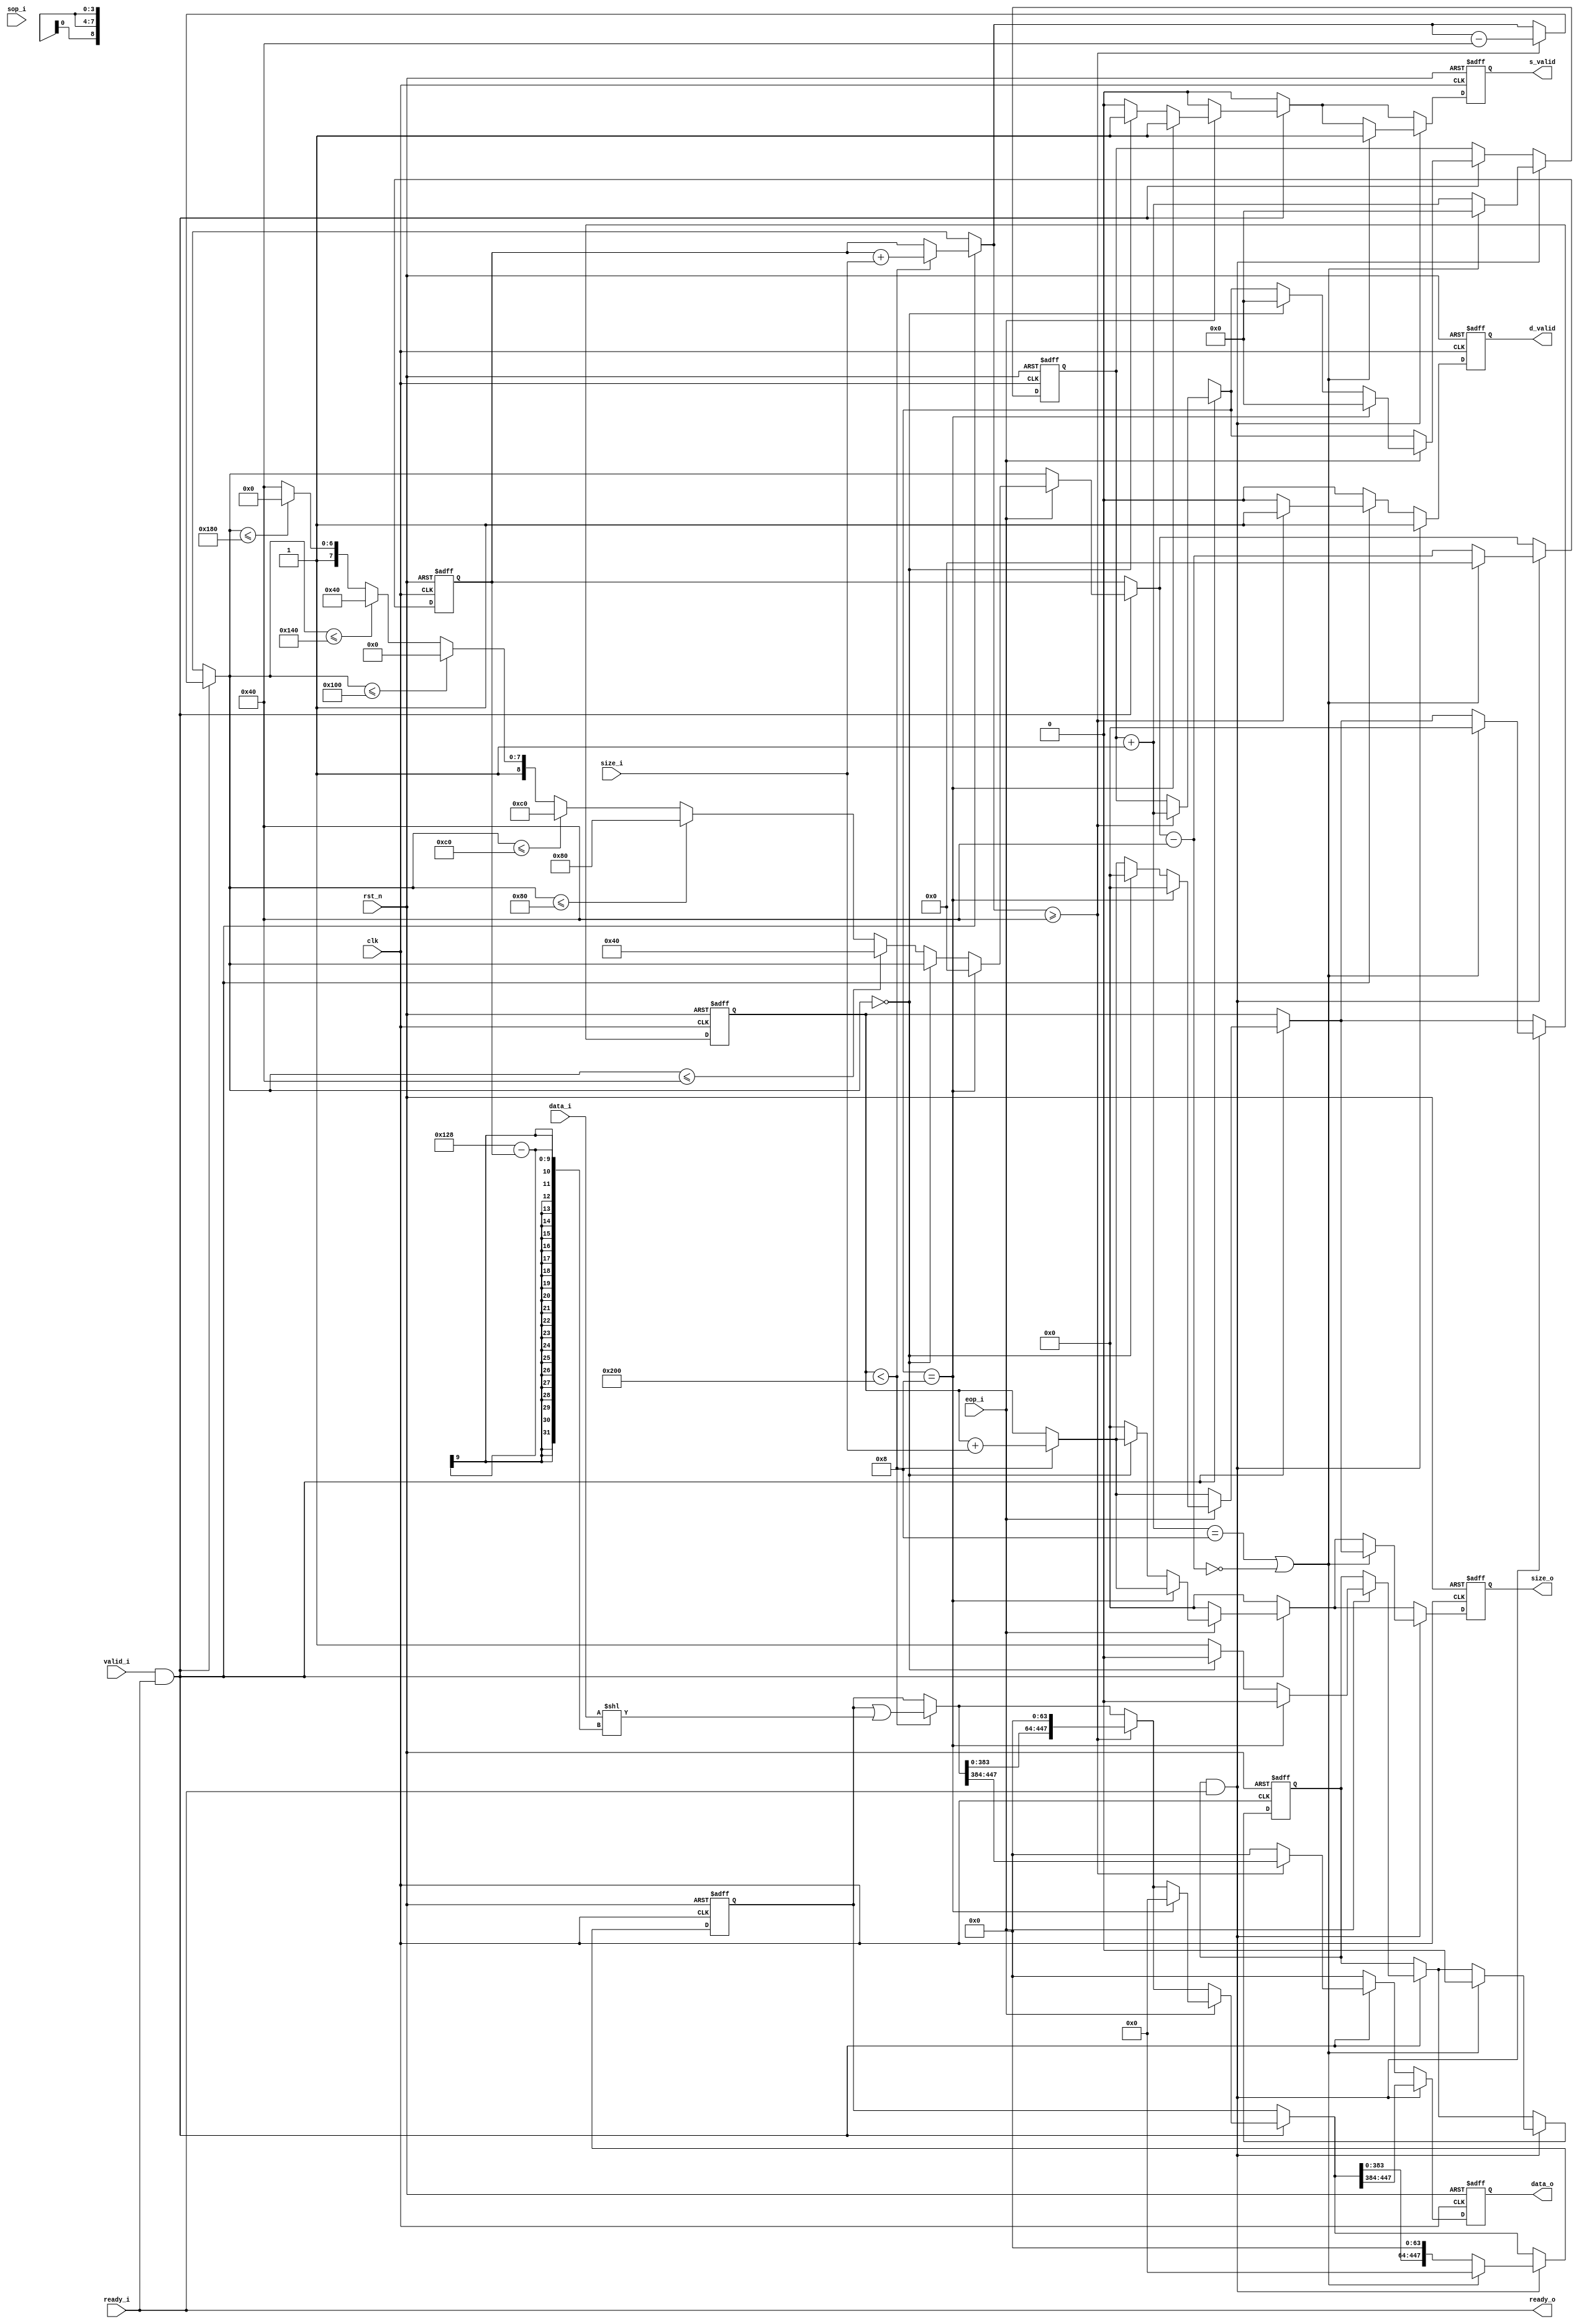
module BPC_CODEBUF
(
	input wire [151:0]   		data_i,
	input wire [7:0] 		size_i,
	input wire 			valid_i,
	input wire 			ready_i,
	input wire			sop_i,	
	input wire 			eop_i,
	input wire                      rst_n,
	input wire			clk,
	
	output wire [63:0] 		data_o,
	output wire [10:0]		size_o,
	output wire 			d_valid,
	output wire			s_valid,
	output wire  			ready_o
);


	reg [63:0] 			data_out, data_out_n;
	reg [10:0] 			size_out, size_out_n;
	reg [447:0] 			code_buf, code_buf_n;
	reg [8:0] 			buf_size, buf_size_n;
	reg [10:0]			total_size, total_size_n;
	reg				data_valid, data_valid_n;
	reg                             size_valid, size_valid_n;
	reg				flush, flush_n;
	reg [3:0]			send_cnt, send_cnt_n;


	always @(posedge clk or negedge rst_n) begin
		if (!rst_n) begin
			data_out <= 'b0;
			size_out <= 'b0;
			code_buf <= 'b0;
			buf_size <= 'b0;
			total_size <= 'b0;
			data_valid <= 'b0;
			size_valid <= 'b0;
			flush <= 'b0;
			send_cnt <= 'b0;
		end
		else begin
			data_out <= data_out_n;
			size_out <= size_out_n;
			code_buf <= code_buf_n;
			buf_size <= buf_size_n;
			total_size <= total_size_n;
			data_valid <= data_valid_n;
			size_valid <= size_valid_n;
			flush <= flush_n;
			send_cnt <= send_cnt_n;
		end
	end


	always @(*) begin
		buf_size_n = buf_size;
		total_size_n = total_size;
		code_buf_n = code_buf;
		flush_n = flush;
		send_cnt_n = send_cnt;
		data_valid_n = 1'b0;
		size_valid_n = 1'b0;
		data_out_n = 'b0;
		size_out_n = 'b0;
		
		if (valid_i & ready_i) begin
			if (total_size < 512) begin
				code_buf_n = code_buf | (data_i << (296 - buf_size));
				buf_size_n = buf_size + size_i;
				total_size_n = total_size + size_i;
			end

			if (buf_size_n >= 64) begin
				data_valid_n = 1'b1;
				data_out_n = code_buf_n[447:384];
				code_buf_n = code_buf_n << 64;
				buf_size_n = buf_size_n - 64;
				send_cnt_n = send_cnt + 1;
			end

			if (eop_i) begin
				if (send_cnt_n == 8) begin
					flush_n = 0;
					size_valid_n = 1'b1;
					size_out_n = total_size_n;
					total_size_n = 0;
					code_buf_n = 'b0;
					buf_size_n = 0;
					send_cnt_n = 0;
				end else begin
					flush_n = 1;
					if (buf_size_n == 0) begin
						flush_n = 0;
						size_valid_n = 1'b1;
						size_out_n = total_size_n;
						total_size_n = 0;
						send_cnt_n = 0;
					end else if (buf_size_n <= 64) begin
						buf_size_n = 64;
					end else if (buf_size_n <= 128) begin
						buf_size_n = 128;
					end else if (buf_size_n <= 192) begin
						buf_size_n = 192;
					end else if (buf_size_n <= 256) begin
						buf_size_n = 256;
					end else if (buf_size_n <= 320) begin
						buf_size_n = 320;
					end else if (buf_size_n <= 384) begin
						buf_size_n = 384;
					end else begin
						buf_size_n = 448;
					end
				end
			end
		end

		if (flush & ready_i) begin
			data_valid_n = 1'b1;
			data_out_n = code_buf_n[447:384];
			code_buf_n = code_buf_n << 64;
			buf_size_n = buf_size_n - 64;
			send_cnt_n = send_cnt + 1;
			if ((send_cnt_n == 8) | (buf_size_n == 0)) begin
				flush_n = 0;
				size_valid_n = 1'b1;
				size_out_n = total_size_n;
				total_size_n = 0;
				code_buf_n = 'b0;
				buf_size_n = 0;
				send_cnt_n = 0;
			end
		end
	end

	assign data_o = data_out;
	assign size_o = size_out;
	assign d_valid = data_valid;
	assign s_valid = size_valid;
	assign ready_o = ready_i;

endmodule